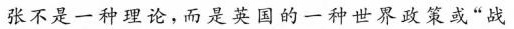
张不是一种理论，而是英国的一种世界政策或”战